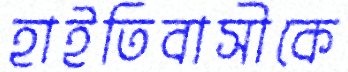
হাইতিবাসীকে